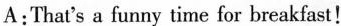
A:That's a funny time for breakfast!